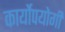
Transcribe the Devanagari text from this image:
कार्योपयोगी